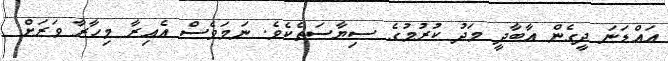
އައްޑަނަ ދީގެން އާބާދީ މަދު ކުރުމުގެ ސިޔާސަތެކެވެ. ނަމަވެސް އެއިރާ މިހާރާ ވަރަށް